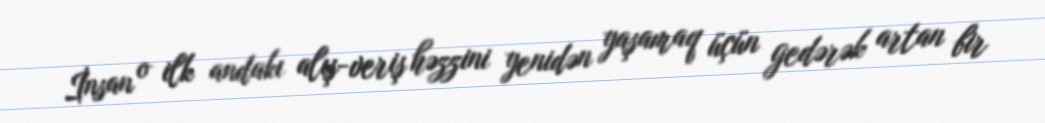
İnsan o ilk andakı alış-veriş həzzini yenidən yaşamaq üçün gedərək artan bir